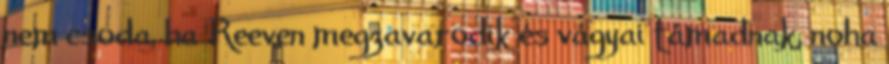
nem csoda, ha Reeven megzavarodik és vágyai támadnak, noha